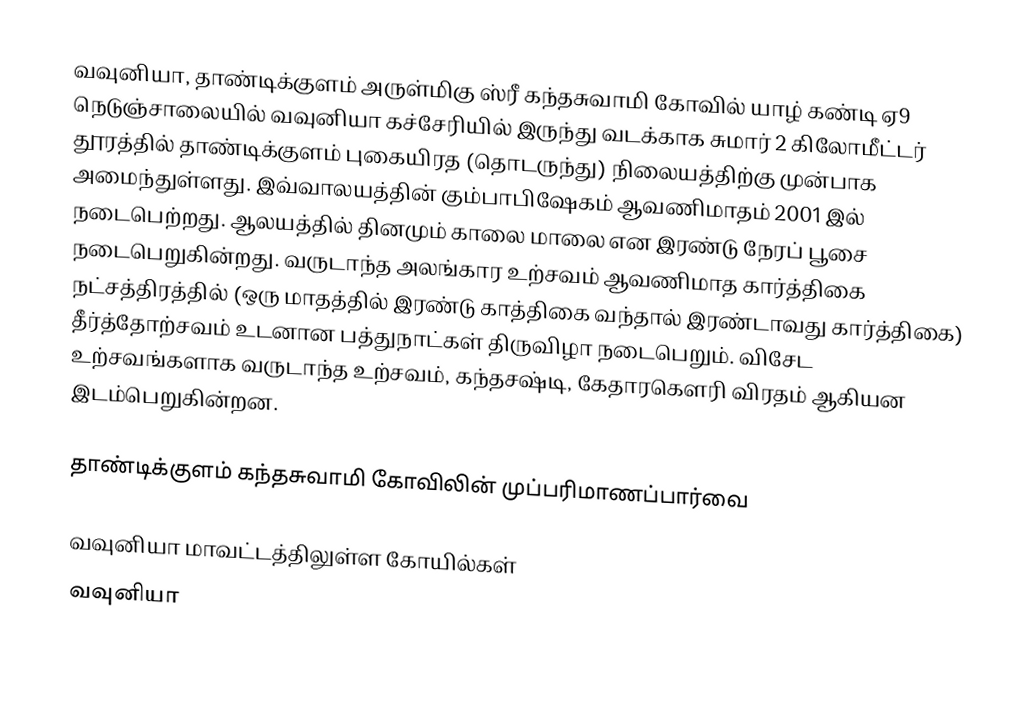
வவுனியா, தாண்டிக்குளம் அருள்மிகு ஸ்ரீ கந்தசுவாமி கோவில் யாழ் கண்டி ஏ9 நெடுஞ்சாலையில் வவுனியா கச்சேரியில் இருந்து வடக்காக சுமார் 2 கிலோமீட்டர் தூரத்தில் தாண்டிக்குளம் புகையிரத (தொடருந்து) நிலையத்திற்கு முன்பாக அமைந்துள்ளது. இவ்வாலயத்தின் கும்பாபிஷேகம் ஆவணிமாதம் 2001 இல் நடைபெற்றது. ஆலயத்தில் தினமும் காலை மாலை என இரண்டு நேரப் பூசை நடைபெறுகின்றது. வருடாந்த அலங்கார உற்சவம் ஆவணிமாத கார்த்திகை நட்சத்திரத்தில் (ஒரு மாதத்தில் இரண்டு காத்திகை வந்தால் இரண்டாவது கார்த்திகை) தீர்த்தோற்சவம் உடனான பத்துநாட்கள் திருவிழா நடைபெறும். விசேட உற்சவங்களாக வருடாந்த உற்சவம், கந்தசஷ்டி, கேதாரகௌரி விரதம் ஆகியன இடம்பெறுகின்றன.

தாண்டிக்குளம் கந்தசுவாமி கோவிலின் முப்பரிமாணப்பார்வை

வவுனியா மாவட்டத்திலுள்ள கோயில்கள்
வவுனியா